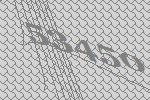
53450